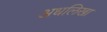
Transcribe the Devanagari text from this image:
अधलिखा